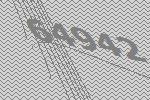
64942